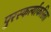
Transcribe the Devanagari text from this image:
पुरस्कर्त्यांकरिता